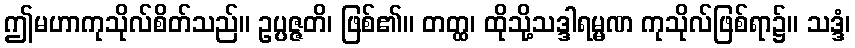
ဤမဟာကုသိုလ်စိတ်သည်။ ဥပ္ပဇ္ဇတိ၊ ဖြစ်၏။ တတ္ထ၊ ထိုသို့သဒ္ဒါရမ္မဏ ကုသိုလ်ဖြစ်ရာ၌။ သဒ္ဒံ၊